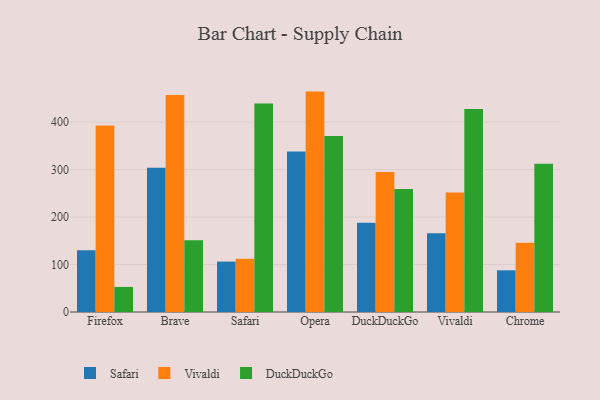
{"axis": {"x": "Browser", "y": "LTV (USD)"}, "legend": ["DuckDuckGo", "Safari", "Vivaldi"], "data": [{"x": "Firefox", "y": 130.3, "type": "Safari"}, {"x": "Firefox", "y": 392.8, "type": "Vivaldi"}, {"x": "Firefox", "y": 52.8, "type": "DuckDuckGo"}, {"x": "Brave", "y": 303.7, "type": "Safari"}, {"x": "Brave", "y": 457.0, "type": "Vivaldi"}, {"x": "Brave", "y": 151.3, "type": "DuckDuckGo"}, {"x": "Safari", "y": 106.2, "type": "Safari"}, {"x": "Safari", "y": 112.3, "type": "Vivaldi"}, {"x": "Safari", "y": 439.0, "type": "DuckDuckGo"}, {"x": "Opera", "y": 338.2, "type": "Safari"}, {"x": "Opera", "y": 464.3, "type": "Vivaldi"}, {"x": "Opera", "y": 371.0, "type": "DuckDuckGo"}, {"x": "DuckDuckGo", "y": 188.1, "type": "Safari"}, {"x": "DuckDuckGo", "y": 294.7, "type": "Vivaldi"}, {"x": "DuckDuckGo", "y": 259.3, "type": "DuckDuckGo"}, {"x": "Vivaldi", "y": 165.8, "type": "Safari"}, {"x": "Vivaldi", "y": 251.6, "type": "Vivaldi"}, {"x": "Vivaldi", "y": 427.4, "type": "DuckDuckGo"}, {"x": "Chrome", "y": 87.8, "type": "Safari"}, {"x": "Chrome", "y": 146.1, "type": "Vivaldi"}, {"x": "Chrome", "y": 312.1, "type": "DuckDuckGo"}]}